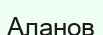
Аланов